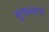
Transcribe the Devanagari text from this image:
सुफलाम